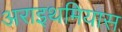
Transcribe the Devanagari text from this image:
अराइथमियास